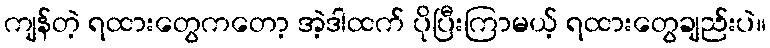
ကျန်တဲ့ ရထားတွေကတော့ အဲ့ဒါထက် ပိုပြီးကြာမယ့် ရထားတွေချည်းပဲ။